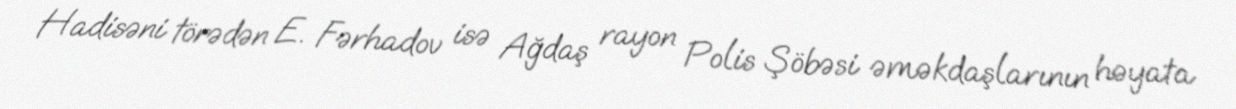
Hadisəni törədən E. Fərhadov isə Ağdaş rayon Polis Şöbəsi əməkdaşlarının həyata